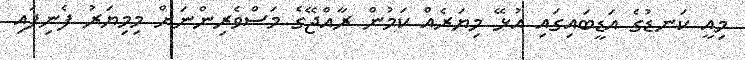
މިއީ ކަނޑުގެ އަޑީބައިގައި އުޅޭ މިޔަރެއް ކަމުން ރާއްޖޭގެ މަސްވެރިންނަށް މިމިޔަރު ފެނިފައި